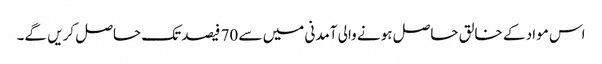
اس مواد کے خالق حاصل ہونے والی آمدنی میں سے 70 فیصد تک حاصل کریں گے۔